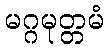
မဂ္ဂမုတ္တမံ